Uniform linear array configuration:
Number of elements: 32
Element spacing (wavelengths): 0.5
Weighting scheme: hamming
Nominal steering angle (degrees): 60
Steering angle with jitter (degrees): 61.046
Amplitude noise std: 0.05
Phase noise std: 0.05

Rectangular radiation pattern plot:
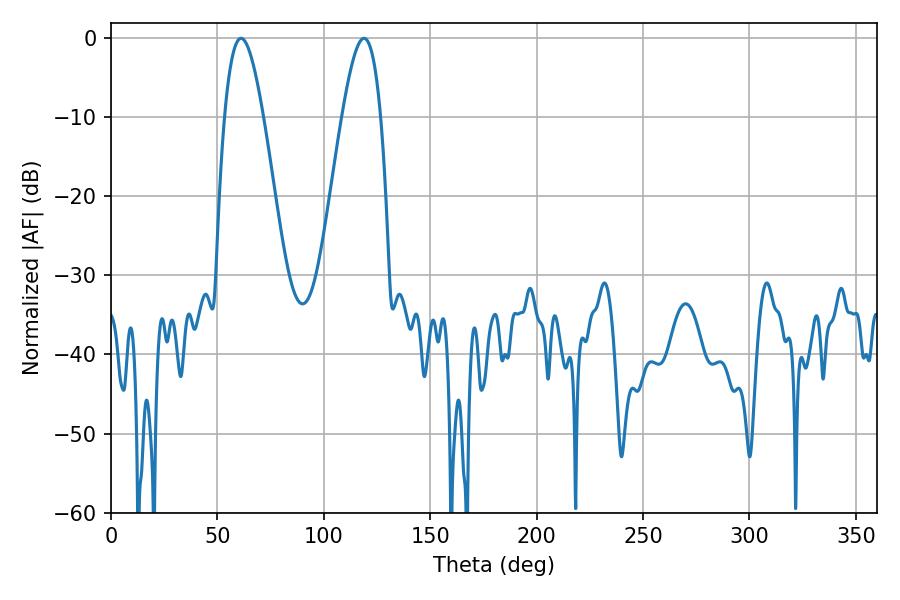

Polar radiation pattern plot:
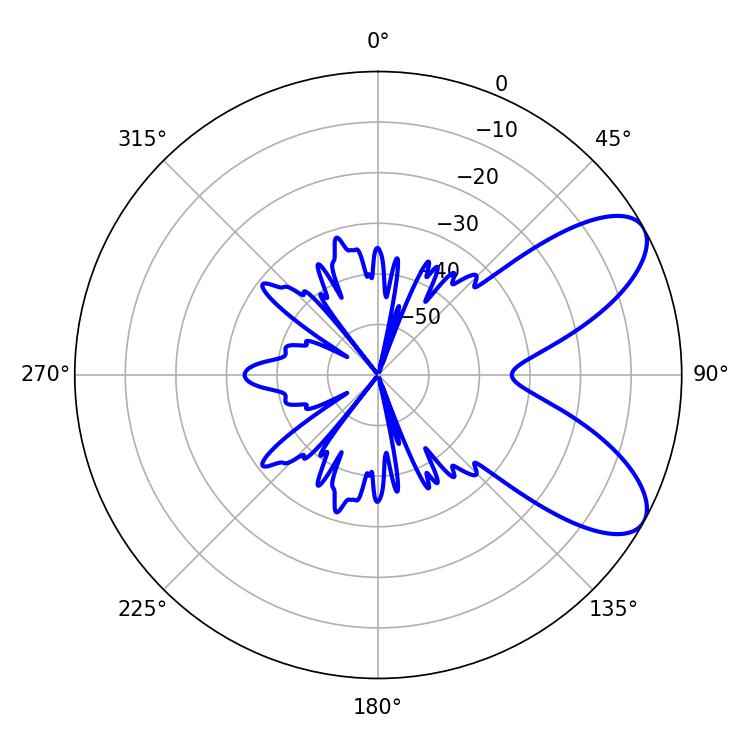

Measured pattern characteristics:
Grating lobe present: FALSE
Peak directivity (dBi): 7.833
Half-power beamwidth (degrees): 9.9
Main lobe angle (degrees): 61.02